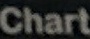
Chart